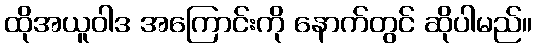
ထိုအယူဝါဒ အကြောင်းကို နောက်တွင် ဆိုပါမည်။